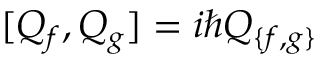
[ Q _ { f } , Q _ { g } ] = i \hbar Q _ { \{ f , g \} } ~